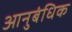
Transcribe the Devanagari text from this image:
आनुबंधिक